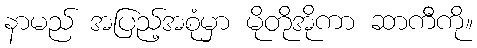
နာမည် အပြည့်အစုံမှာ မိုတိုအိုကာ ဆာကီကို။